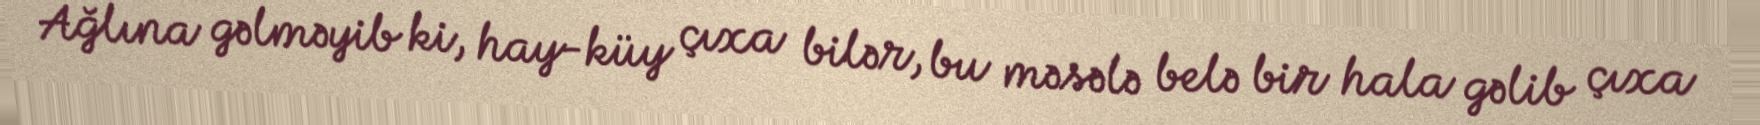
Ağlına gəlməyib ki, hay-küy çıxa bilər, bu məsələ belə bir hala gəlib çıxa